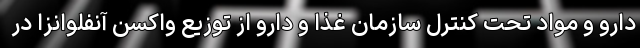
دارو و مواد تحت کنترل سازمان غذا و دارو از توزیع واکسن آنفلوانزا در